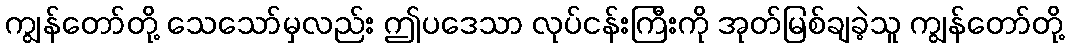
ကျွန်တော်တို့ သေသော်မှလည်း ဤပဒေသာ လုပ်ငန်းကြီးကို အုတ်မြစ်ချခဲ့သူ ကျွန်တော်တို့